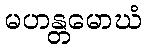
မဟန္တမောဃံ